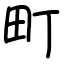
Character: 町